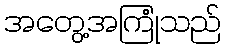
အတွေ့အကြုံသည်